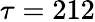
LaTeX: \tau=212